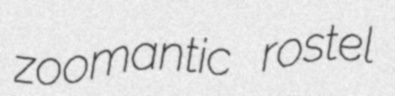
zoomantic rostel